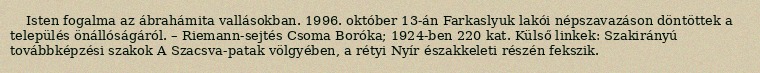
Isten fogalma az ábrahámita vallásokban. 1996. október 13-án Farkaslyuk lakói népszavazáson döntöttek a település önállóságáról. – Riemann-sejtés Csoma Boróka; 1924-ben 220 kat. Külső linkek: Szakirányú továbbképzési szakok A Szacsva-patak völgyében, a rétyi Nyír északkeleti részén fekszik.